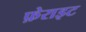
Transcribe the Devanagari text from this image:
फ़ेराइट